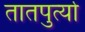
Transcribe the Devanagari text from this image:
तातपुर्त्या